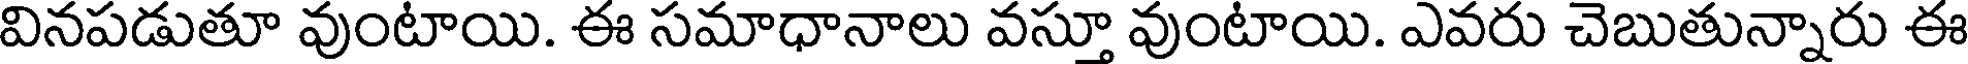
వినపడుతూ వుంటాయి. ఈ సమాధానాలు వస్తూ వుంటాయి. ఎవరు చెబుతున్నారు ఈ